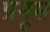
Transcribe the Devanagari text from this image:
प्रनूस